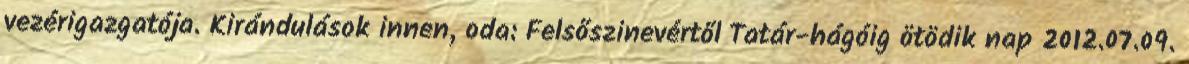
vezérigazgatója. Kirándulások innen, oda: Felsőszinevértől Tatár-hágóig ötödik nap 2012.07.09.